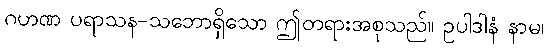
ဂဟဏ ပရာသန-သဘောရှိသော ဤတရားအစုသည်။ ဥပါဒါနံ နာမ၊